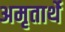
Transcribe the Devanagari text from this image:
अमृतार्थे